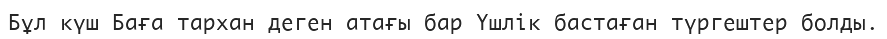
Бұл күш Баға тархан деген атағы бар Үшлік бастаған түргештер болды.